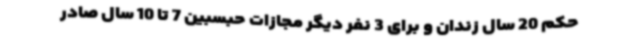
حکم 20 سال زندان و برای 3 نفر دیگر مجازات حبسبین 7 تا 10 سال صادر